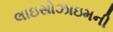
લાઇસોઝાઇમની